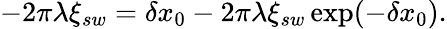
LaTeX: \begin{array}{r}{-2\pi\lambda\xi_{sw}=\delta x_{0}-2\pi\lambda\xi_{sw}\exp(-\delta x_{0}).}\end{array}